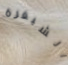
الشيفرة